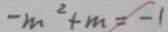
- m ^ { 2 } + m = - 1